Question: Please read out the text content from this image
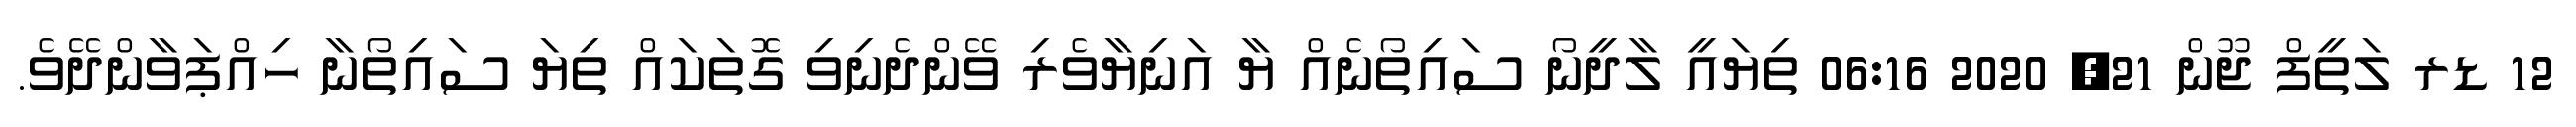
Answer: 12 ޑރ ލަތީފް ޖޫން 21, 2020 06:16 ތިޔައީ ލާދީނޯ ސައިތޯނެއް ޔާ އަނިޔާވެރި ވޭންދެނިވި ގޮތަކައް ތިޔަ ސައިތޯނާ ހިއްޕަވާންދޭވެ.